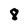
Character: 8